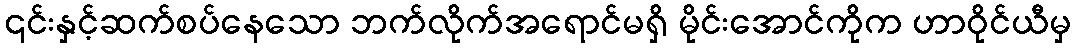
၎င်းနှင့်ဆက်စပ်နေသော ဘက်လိုက်အရောင်မရှိ မိုင်းအောင်ကိုက ဟာဝိုင်ယီမှ